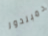
دمبلدور